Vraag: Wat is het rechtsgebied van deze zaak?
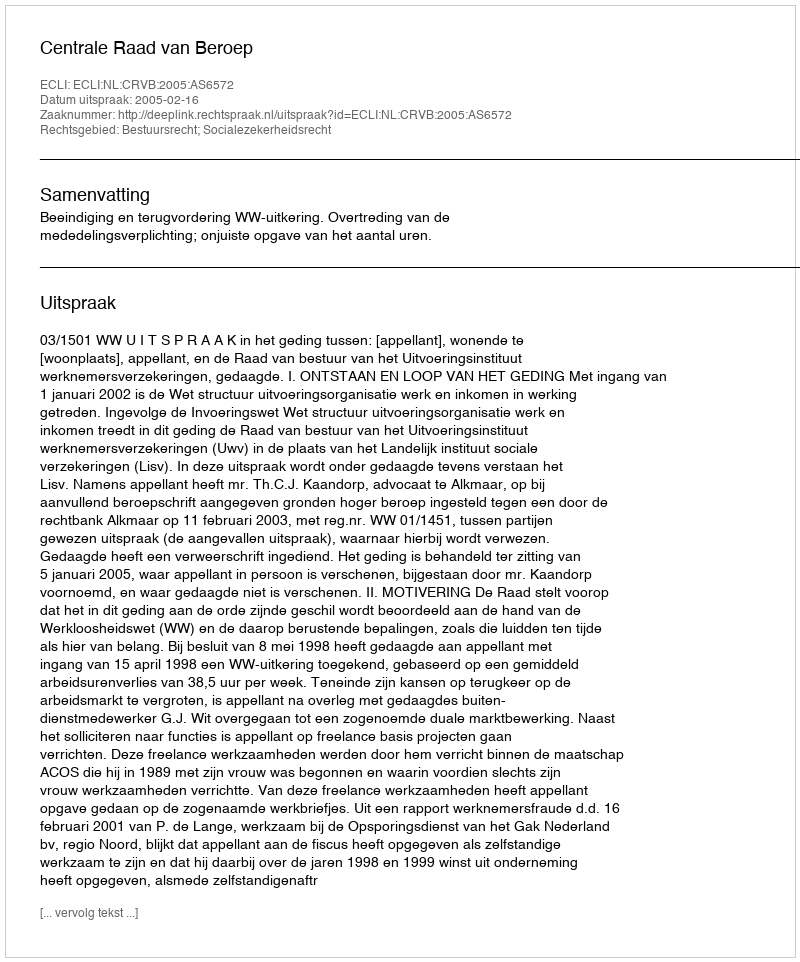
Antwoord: Bestuursrecht; Socialezekerheidsrecht